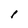
Character: I